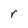
Character: r